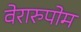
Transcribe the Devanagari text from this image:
वेरारुपोम